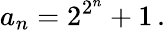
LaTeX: a_{n}=2^{2^{n}}+1\, .